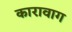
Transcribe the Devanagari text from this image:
कारावाग